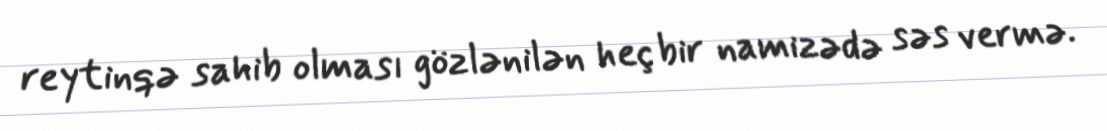
reytinqə sahib olması gözlənilən heç bir namizədə səs vermə.